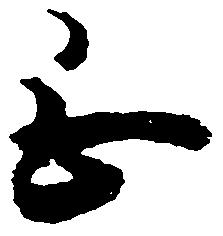
正